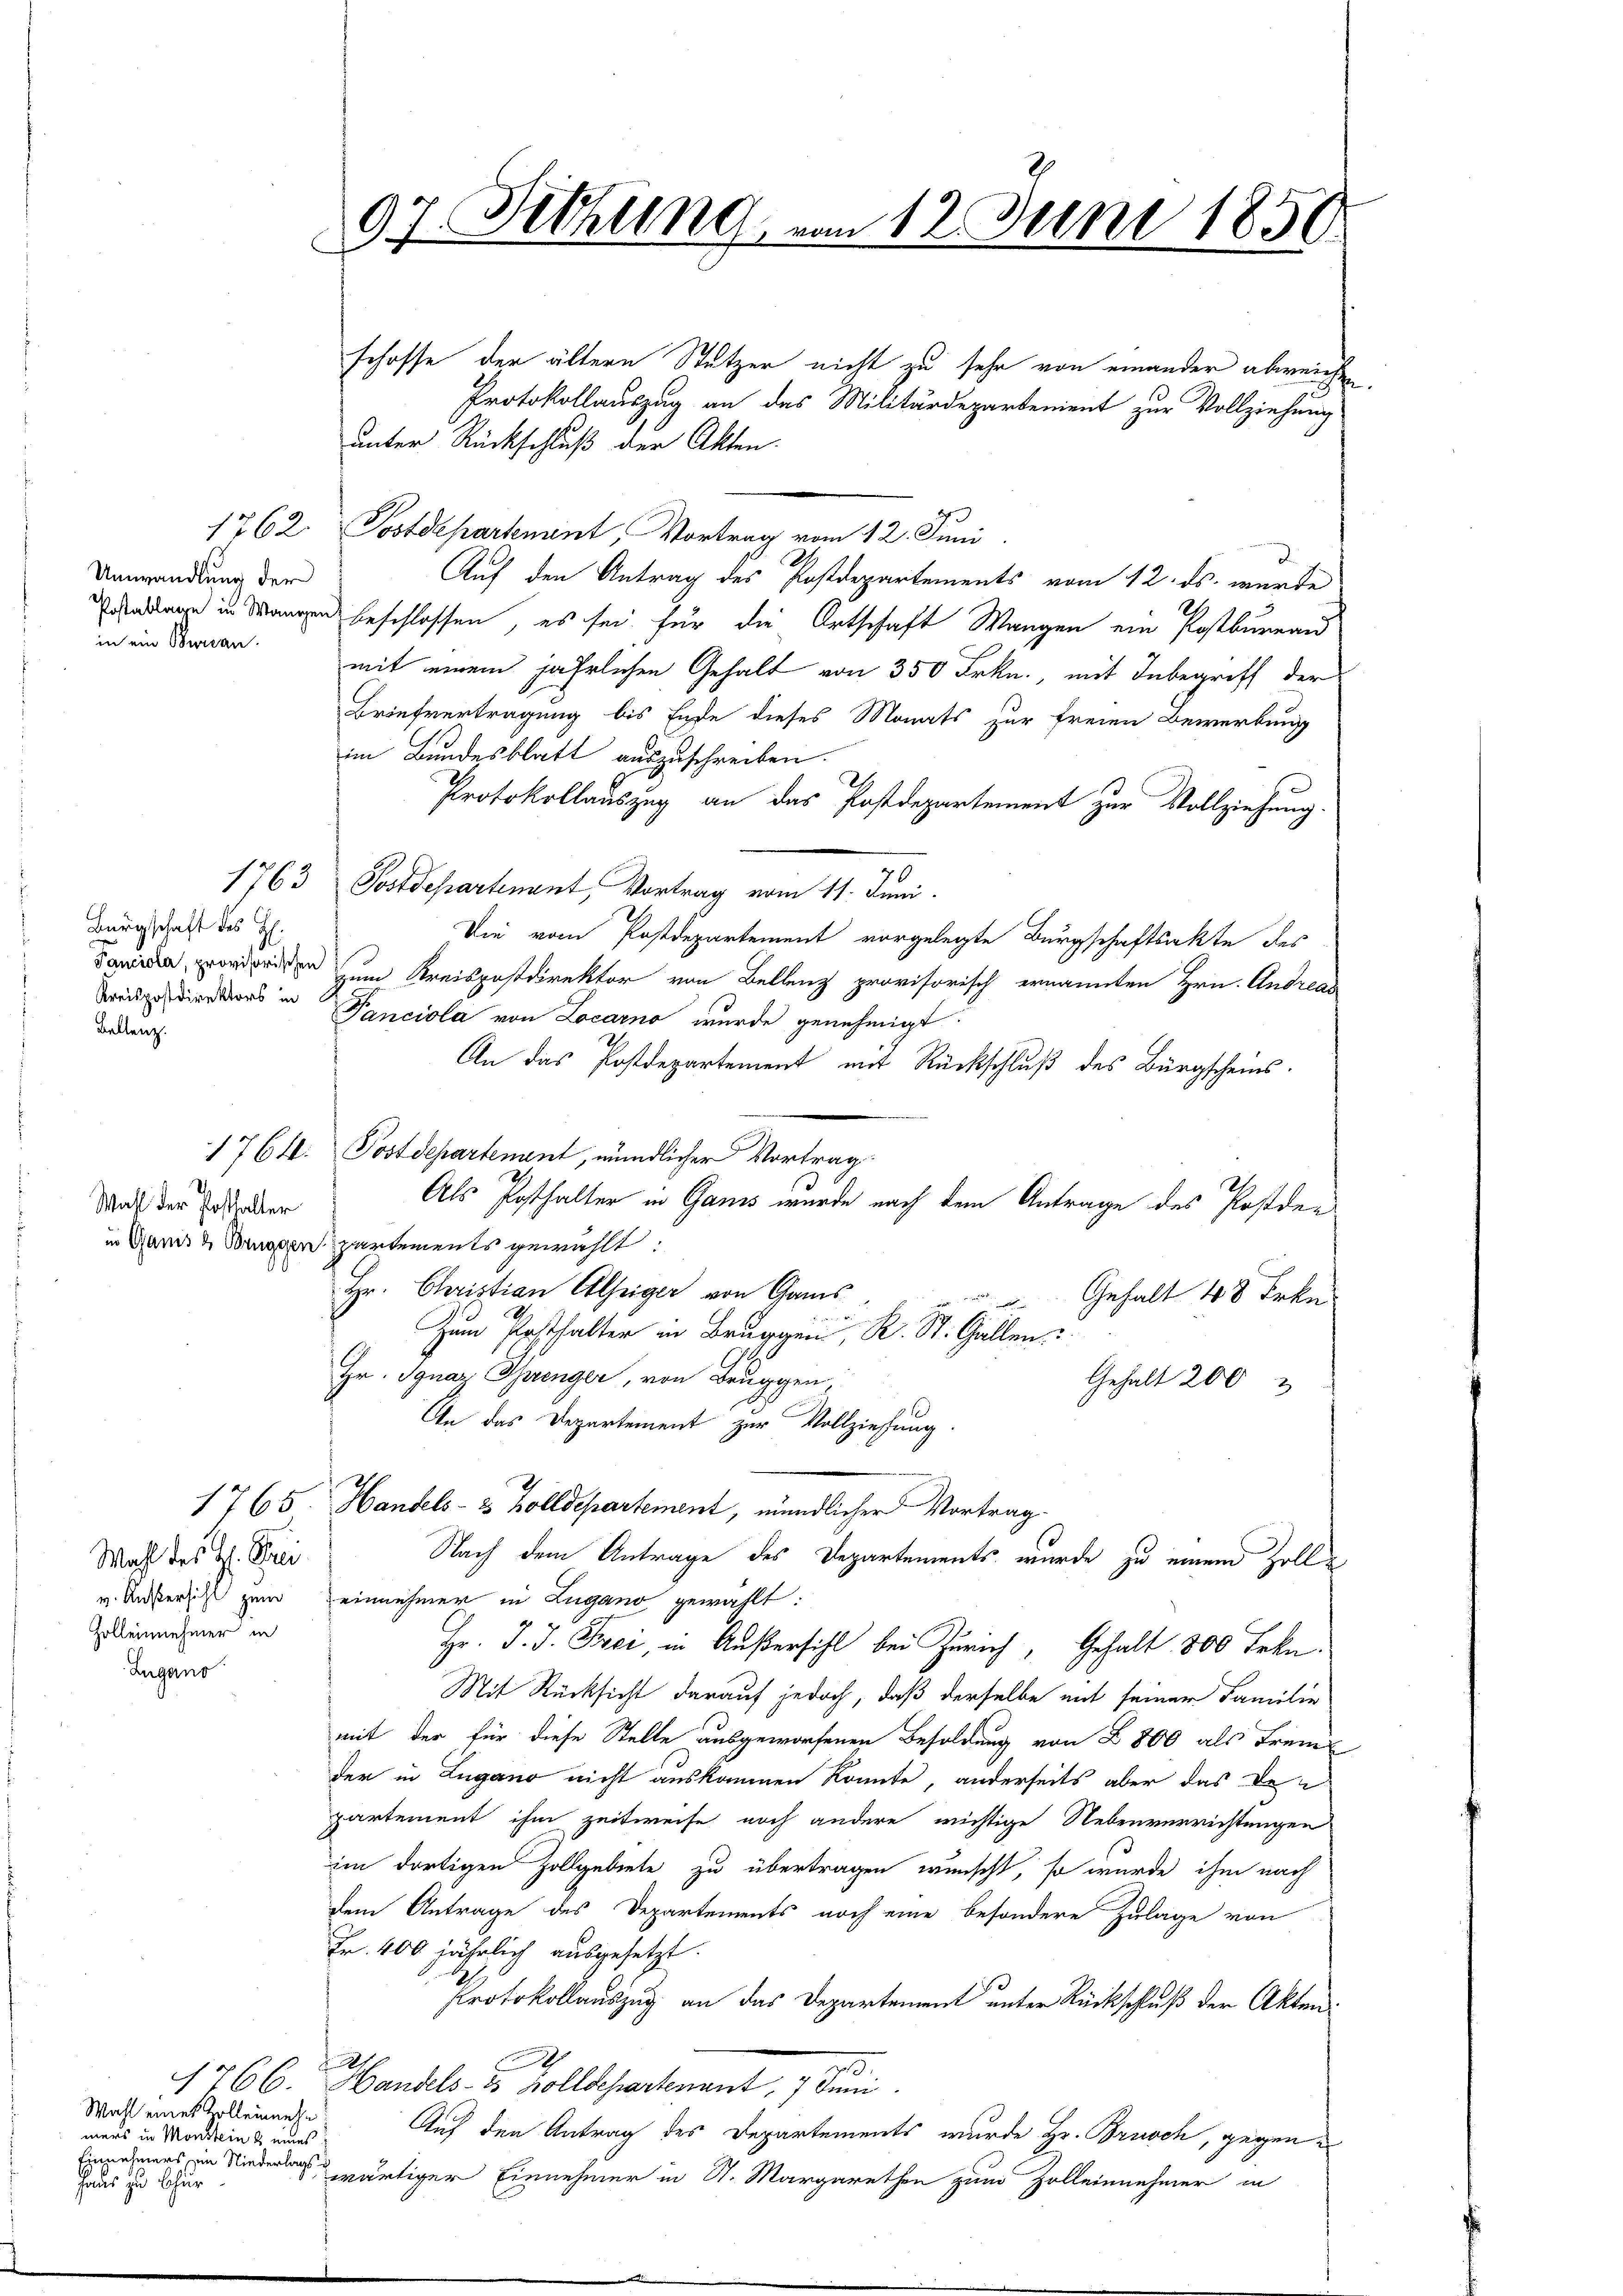
Unwandlung der
in ein Bueran.

Bürgschaft des H:
Kreispostdirektors in
Bellenz.

Wahl der Posthalter

Wahl des Hl. Stei
v. Außersihl zum
Zolleinehmer in
Zugano

1766.
Wahl eines Kollenmehr
mers in Monstein & eines
Einnahmers ein Niederlags.
Haus zu thur

97. Sitzung vom 12. Juni 1850

schosse der ältern Stützer nicht zu sehr von einander abweichen
Protokollauszug an das Militärdepartement zur Vollziehung
unter Rückschluß der Akten.
1762. Postdepartement, Vortrag vom 12. Juni
Auf den Antrag des Postdepartements vom 12. ds. wurde
denden in Mangen beschlossen, es sei für die Ortschaft Wangen ein Postbureau
mit einem jährlichen Gehalt von 350 Frkn., mit Inbegriff der
Briefvertragung bis Ende dieses Monats zur freien Bewerbung
im Bundesblatt auszuschreiben.
Protokollauszug an das Postdepartement zur Vollziehung.
1763 Postdepartenant, Vortrag vom 11. Juni.
Die vom Postdepartement vorgelegte Bürgschaftsakte des
da, worden zum Kreispostdirektor von Bellenz provisorisch ernannten Hrn. Andreas
Fanciola von Locarno wurde genehmigt
An das Postdepartement mit Rückschluß des Bürgscheins.
1764. Postdepartenant, mündlicher Vortrag.
2.
Als Posthalter in Gans wurde nach dem Antrage des Postden
in Ganis u Bruggen partements gewählt:
Hr. Christian Aleiger von Gams
 Gehalt 48 Frkn.
Zum Posthalter in Brugg, R. St. Gallen
Hr. Ignaz Sprenger, von Bruggen,
Gehalt 200
An das Departement zur Vollziehung
1765. Handels- & Zolldepartement, mündlicher Vortrag
Nach dem Antrage des Departements wurde zu einem Zolleinnehmer in Zugano gewählt:
Hr. J. J. Frei, in Außersihl bei Zürich, Gehalt 800 Frkn.
Mit Rücksicht darauf jedoch, daß derselbe mit seiner Familie
mit der für diese Stelle ausgeworfenen Besoldung von § 800 als Frem
der in Lugano nicht auskommen könnte, anderseits aber das de
partement ihm zeitweise noch andere wichtige Nebenverrichtungen
im dortigen Zollgebiete zu übertragen wunscht, so wurde ihm nach
dem Antrage des Departements noch eine besondere Zulage von
Fr. 400 jährlich ausgesetzt.
Protokollauszug an das Departement unter Rückschluß der Akten:
1
.
Handels- & Zolldepartenant, 7 Juni
Auf den Antrag des Departements wurde Hr. Brusch, gegenwärtiger Einnehmer in St. Margarethen zum Zolleinnehmer in